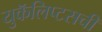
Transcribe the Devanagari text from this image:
युकॅलिप्टसची